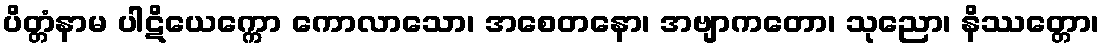
ပိတ္တံနာမ ပါဋိယေက္ကော ကောလာသော၊ အစေတနော၊ အဗျာကတော၊ သုညော၊ နိဿတ္တော၊